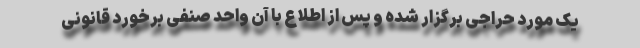
یک مورد حراجی برگزار شده و پس از اطلاع با آن واحد صنفی برخورد قانونی